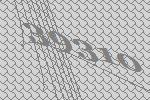
39310